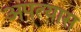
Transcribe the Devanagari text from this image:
अपत्यास